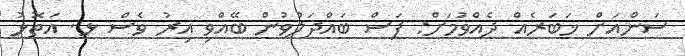
ސަންއަށް ޚަބަރެއް ދެއްވުމަށް: ފަސް ބައްދަލުވުން ބޭއްވި އިރު ވެސް ޅ. އަތޮޅު